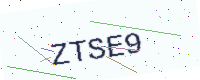
Text: ZTSE9